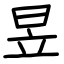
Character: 昱